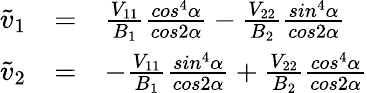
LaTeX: \begin{array}{rcl}{{\tilde{v}_{1}}}&{{=}}&{{{\frac{V_{11}}{B_{1}}}{\frac{cos^{4}\alpha}{cos2\alpha}}-{\frac{V_{22}}{B_{2}}}{\frac{sin^{4}\alpha}{cos2\alpha}}}}\\ {{\tilde{v}_{2}}}&{{=}}&{{-{\frac{V_{11}}{B_{1}}}{\frac{sin^{4}\alpha}{cos2\alpha}}+{\frac{V_{22}}{B_{2}}}{\frac{cos^{4}\alpha}{cos2\alpha}}}}\end{array}